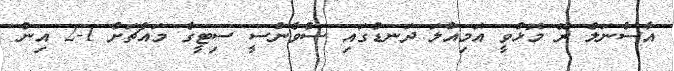
އާސެނަލް ރޭ މޮޅުވީ އަމިއްލަ ދަނޑުގައި ސްވެންސީ ސިޓީގެ މައްޗަށް 1-2 އިން